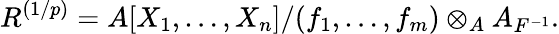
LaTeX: R^{(1/p)}=A[X_{1},\ldots,X_{n}]/(f_{1},\ldots,f_{m})\otimes_{A}A_{F^{-1}}.